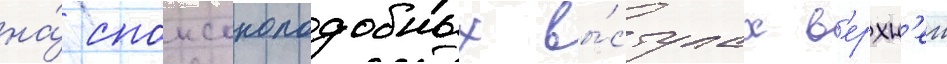
на́ спонсоноподобных вы́ступах в'ерхн'еи